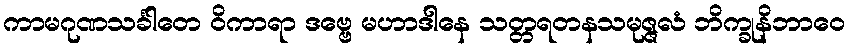
ကာမဂုဏသင်္ခါတေ ဝိကာရာ ဒဗ္ဗေ မဟာဒါနေ သတ္တရတနသမုဇ္ဇလံ ဘိက္ခုနိဘာဝေ